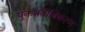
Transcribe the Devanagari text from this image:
पुनःनवीनिकरण